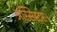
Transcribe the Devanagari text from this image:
अस्सिस्ट्स।